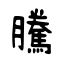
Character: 騰